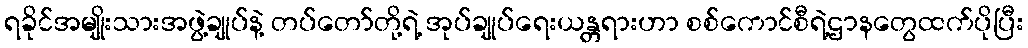
ရခိုင်အမျိုးသားအဖွဲ့ချုပ်နဲ့ တပ်တော်တို့ရဲ့ အုပ်ချုပ်ရေးယန္တရားဟာ စစ်ကောင်စီရဲ့ဌာနတွေထက်ပိုပြီး